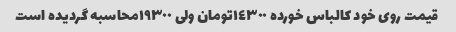
قیمت روی خود کالباس خورده ١٤٣٠٠تومان ولی ١٩٣٠٠محاسبه گردیده است